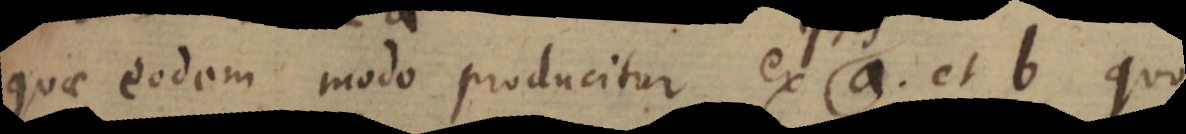
quae eodem modo producitur ex (a et b quo